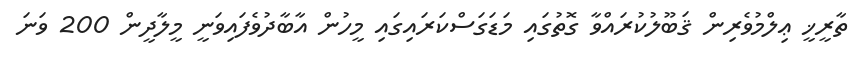
ތާރީޚީ ޢިލްމުވެރިން ޤަބޫލުކުރައްވާ ގޮތުގައި މަޑަގަސްކަރައިގައި މީހުން އާބާދުވެފައިވަނީ މީލާދީން 200 ވަނަ